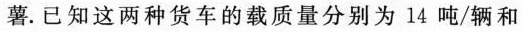
薯. 已知这两种货车的载质量分别为14吨/辆和